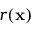
r ( \mathbf { x } )